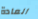
العادة